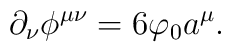
\partial_\nu \phi ^{\mu\nu} = 6 \varphi_0 a^\mu .